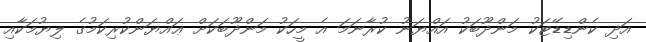
އަދި ކެންޑިޑޭޓަކު މަންދޫބަކު އައްޔަނު ކުރާނަމަ އެ މީހަކު މަންދޫބަކަށް ޢައްޔަންކުރިކަމުގެ ލިޔުމަކާއި